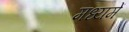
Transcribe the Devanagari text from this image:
मध्‍यमें